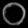
Digit: ၀